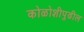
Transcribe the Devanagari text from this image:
कोळोशीपुढील